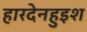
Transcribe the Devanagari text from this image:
हारदेनहुइश